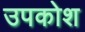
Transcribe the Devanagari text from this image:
उपकोश